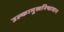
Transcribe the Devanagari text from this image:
उल्कामुखनिष्ठावान